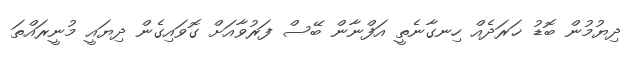
ދިޔުމުން ބޮޑު ޚަރަދެއް ހިނގާނެތީ އަފްނާން ބޭސް ފަރުވާއަށް ގޮވައިގެން ދިޔައީ މުނީރައްތަ